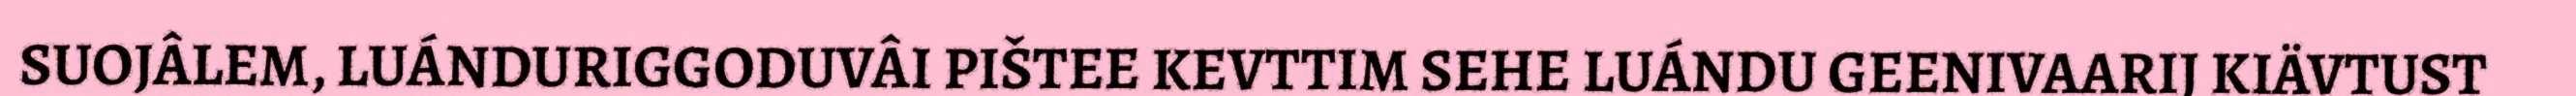
SUOJÂLEM, LUÁNDURIGGODUVÂI PIŠTEE KEVTTIM SEHE LUÁNDU GEENIVAARIJ KIÄVTUST